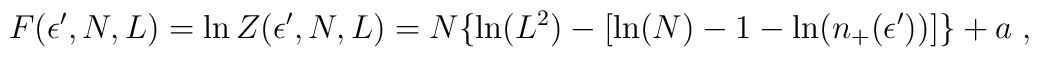
F(\epsilon',N,L) = \ln Z(\epsilon',N,L) =N\{\ln (L^2) -[ \ln(N) -1 -\ln(n_+(\epsilon'))]\} + a \;,